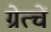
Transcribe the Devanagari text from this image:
ग्रेत्चें